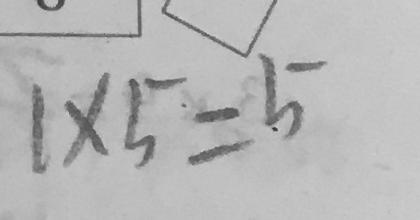
1 \times 5 = 5